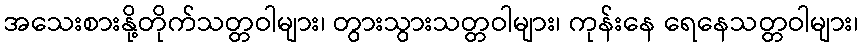
အသေးစားနို့တိုက်သတ္တဝါများ၊ တွားသွားသတ္တဝါများ၊ ကုန်းနေ ရေနေသတ္တဝါများ၊